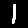
Digit: 1